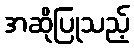
အဆိုပြုသည့်